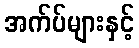
အက်ပ်များနှင့်